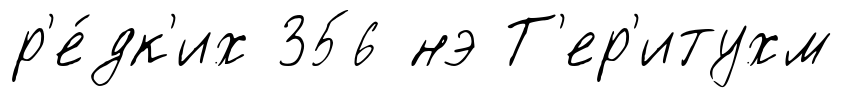
р'е́дк'их 356 нэ Т'ер'итухм